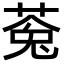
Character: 𮏸